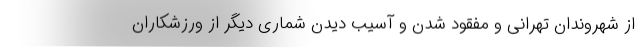
از شهروندان تهرانی و مفقود شدن و آسیب دیدن شماری دیگر از ورزشکاران